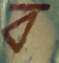
ব